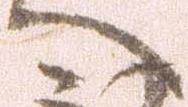
へ